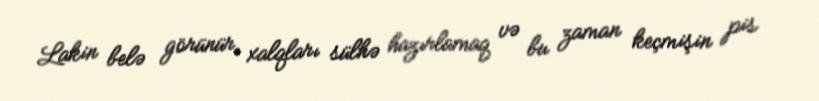
Lakin belə görünür, xalqları sülhə hazırlamaq və bu zaman keçmişin pis